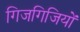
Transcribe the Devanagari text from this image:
गिजगिजियों